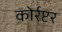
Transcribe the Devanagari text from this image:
कोर्रप्टर